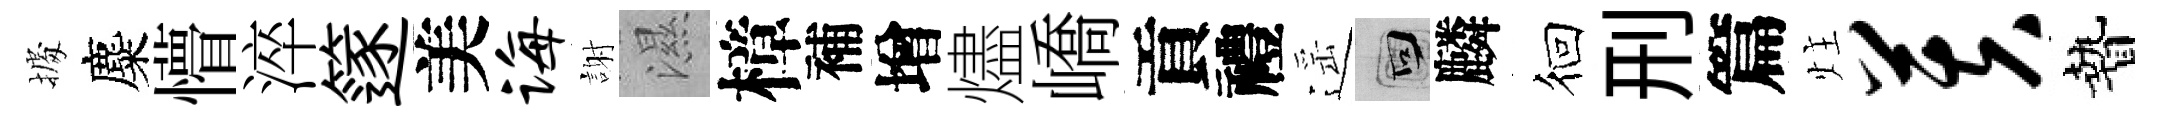
𢴃麋懵淬篴美诲謝濕樟補增燼嶠貢禮遥回麟徊刑篇炷芙贄